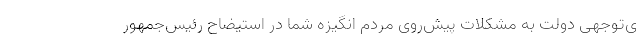
ی‌توجهی دولت به مشکلات پیش‌روی مردم انگیزه شما در استیضاح رئیس‌جمهور